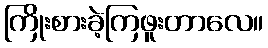
ကြိုးစားခဲ့ကြဖူးတာလေ။